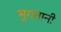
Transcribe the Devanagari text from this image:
भुगतानी